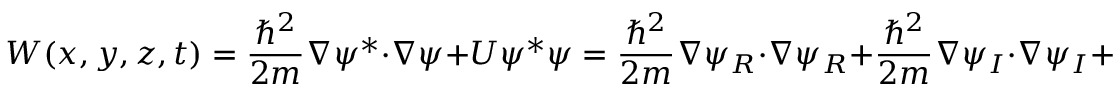
W ( x , y , z , t ) = \frac { \hbar ^ { 2 } } { 2 m } \nabla \psi ^ { * } \cdot \nabla \psi + U \psi ^ { * } \psi = \frac { \hbar ^ { 2 } } { 2 m } \nabla \psi _ { R } \cdot \nabla \psi _ { R } + \frac { \hbar ^ { 2 } } { 2 m } \nabla \psi _ { I } \cdot \nabla \psi _ { I } + U \psi _ { R } ^ { 2 } + U \psi _ { I } ^ { 2 } \, .